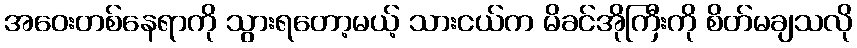
အဝေးတစ်နေရာကို သွားရတော့မယ့် သားငယ်က မိခင်အိုကြီးကို စိတ်မချသလို